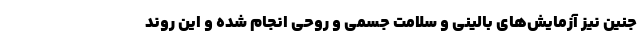
جنین نیز آزمایش‌های بالینی و سلامت جسمی و روحی انجام شده و این روند